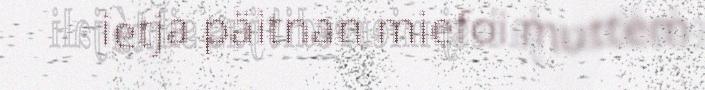
ietja päitnan miefoi muttem